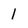
Character: 1